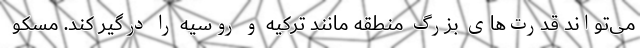
می‌تواند قدرت‌های بزرگ منطقه مانند ترکیه و روسیه را درگیر کند. مسکو